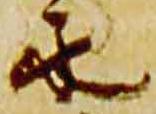
永